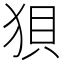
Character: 狽